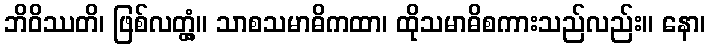
ဘိဝိဿတိ၊ ဖြစ်လတ္တံ့။ သာစသမာဓိကထာ၊ ထိုသမာဓိစကားသည်လည်း။ နော၊